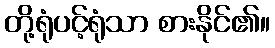
တို့ရုံပင့်ရုံသာ စားနိုင်၏။